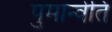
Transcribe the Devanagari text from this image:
पुमान्वेति